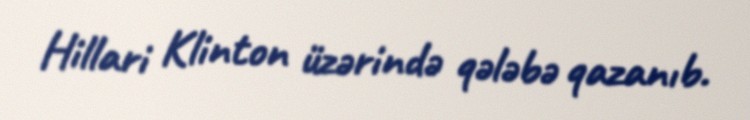
Hillari Klinton üzərində qələbə qazanıb.